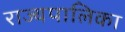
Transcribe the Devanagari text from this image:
राज्यपालिका